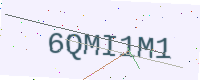
Text: 6QMI1M1